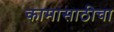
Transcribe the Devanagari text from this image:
कामासाठीचा